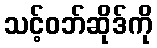
သင့်ဝဘ်ဆိုဒ်ကို